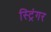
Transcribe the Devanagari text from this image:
स्ट्रिंगर